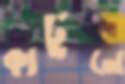
কার্টুনে